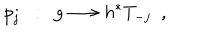
p _ { j } \ \ : \ \ g \longrightarrow h ^ { * } T _ { - j } \ \ ,